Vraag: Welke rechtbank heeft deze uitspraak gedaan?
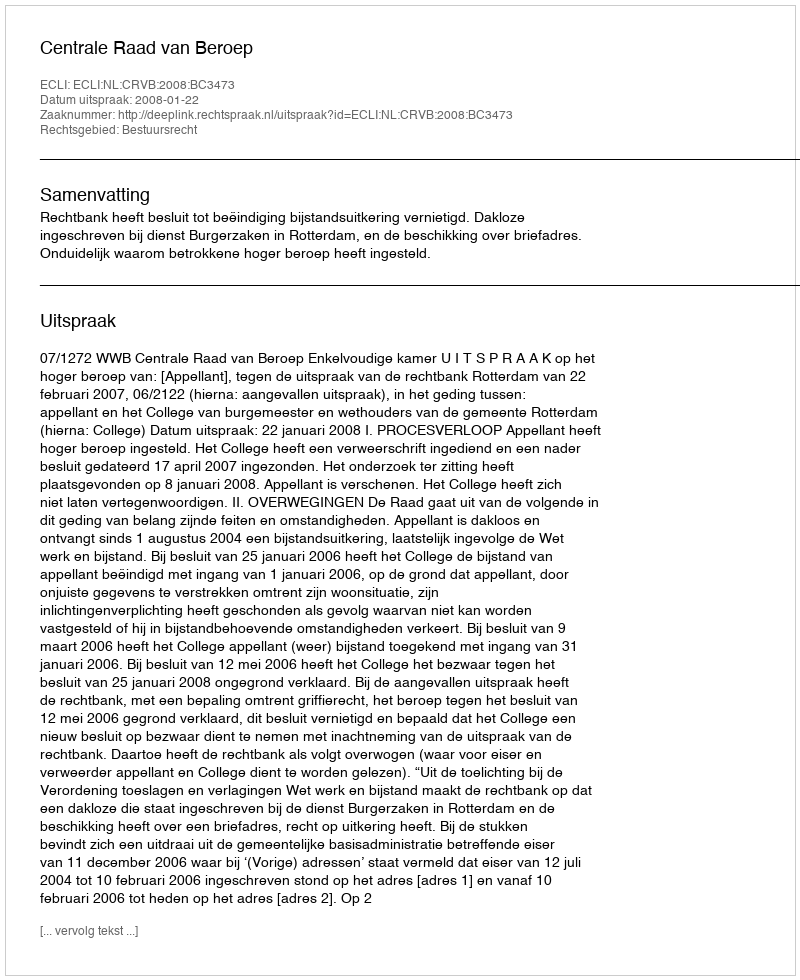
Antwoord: Centrale Raad van Beroep